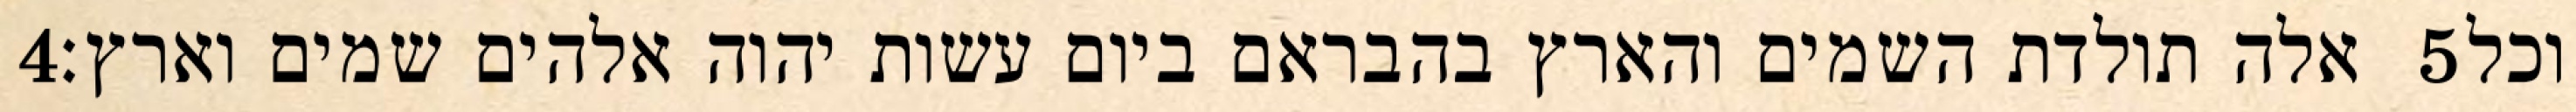
‎4‏ אלה תולדת השמים והארץ בהבראם ביום עשות יהוה אלהים שמים וארץ׃ ‎5‏ וכל